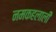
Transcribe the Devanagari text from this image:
नमकहलाली